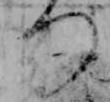
つ